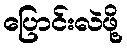
ပြောင်းလဲဖို့